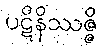
ပဋိနိဿဇ္ဇိ